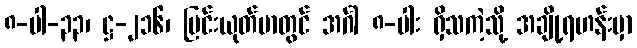
၈-ပါ-၃၃၊ ဋ္ဌ-၂၁၆၊ မြင်းယုတ်မာတွင် အင်္ဂါ ၈-ပါး ရှိသကဲ့သို့ အချို့ရဟန်းမှာ